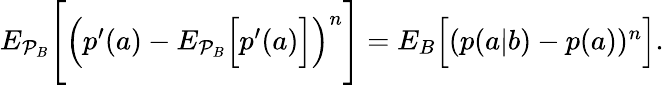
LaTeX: \begin{array}{r}{{E}_{\mathcal{P}_{B}}\Bigg[\Big(p^{\prime}(a)-{E}_{\mathcal{P}_{B}}\Big[p^{\prime}(a)\Big]\Big)^{n}\Bigg]={E}_{B}\Big[(p(a|b)-p(a))^{n}\Big].}\end{array}